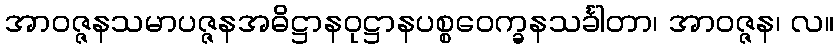
အာဝဇ္ဇနသမာပဇ္ဇနအဓိဋ္ဌာနဝုဋ္ဌာနပစ္စဝေက္ခနသင်္ခါတာ၊ အာဝဇ္ဇန၊ လ။